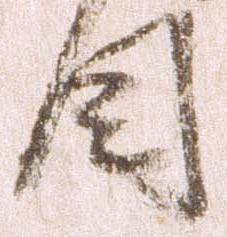
目